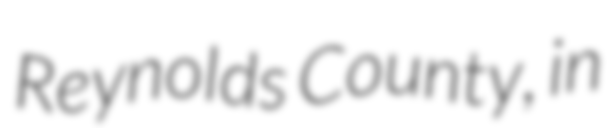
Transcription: Reynolds County, in